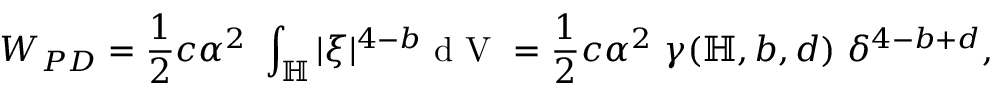
W _ { P D } = \frac { 1 } { 2 } c \alpha ^ { 2 } \ \int _ { \mathbb { H } } | \boldsymbol { \xi } | ^ { 4 - b } \textup { d V } = \frac { 1 } { 2 } c \alpha ^ { 2 } \ \gamma ( \mathbb { H } , b , d ) \ \delta ^ { 4 - b + d } ,